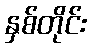
နှစ်တိုင်း